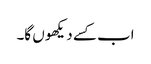
اب کسے دیکھو ں گا۔